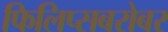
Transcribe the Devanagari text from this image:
फिलिप्सबरोबर